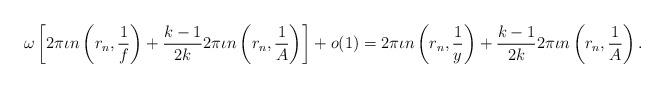
LaTeX: \begin{align*}\omega\left[2\pi\iota n\left(r_n,\frac {1}{f}\right) +\frac{k-1}{2k}2\pi\iota n\left(r_n,\frac{1}{A}\right)\right]+o(1)=2\pi\iota n\left(r_n,\frac{1}{y}\right)+\frac{k-1}{2k} 2\pi\iota n\left(r_n,\frac{1}{A}\right).\end{align*}